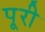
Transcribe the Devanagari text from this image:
पूूरी